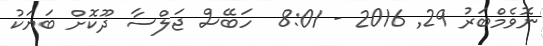
ނޮވެމްބަރު 29